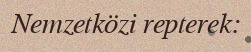
Nemzetközi repterek: